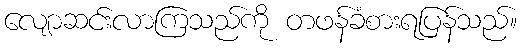
လျောဆင်းလာကြသည်ကို တဖန်ခံစားရပြန်သည်။